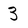
Character: 3